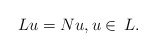
\begin{align*}Lu = Nu,u\in \,L.\end{align*}